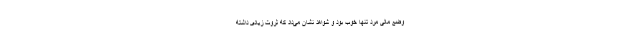
وضع مالی مرد تنها خوب بود و شواهد نشان می‌داد که ثروت زیادی داشته